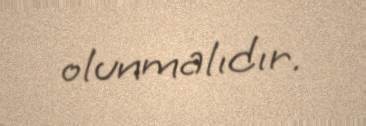
olunmalıdır.